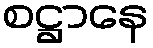
စဋ္ဌာနေ